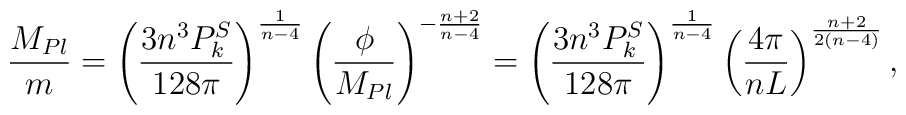
{M_{Pl}\over m}=\left({3n^3P^S_k\over 128\pi}\right)^{{1\over n-4}}\left({\phi\over M_{Pl}}\right)^{-{n+2\over n-4}}=\left({3n^3P^S_k\over 128\pi}\right)^{{1\over n-4}}\left({4\pi\over nL}\right)^{{n+2\over 2(n-4)}},